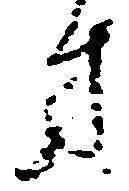
方